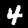
Digit: 4